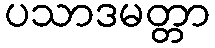
ပသာဒမတ္တာ